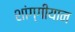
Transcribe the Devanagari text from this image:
शांग्गीयान